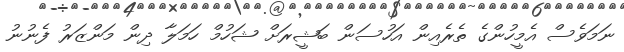
ނަމަވެސް އެމީހުންގެ ތެރެއިން އަހުސަން ބަޝީރަށް ޝަހުމް ހަމަލާ ދިން މަންޒަރު ފެނުނު